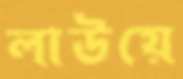
লাউয়ে